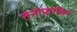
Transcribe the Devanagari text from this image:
तेनोफोविर